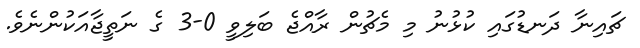
ޗައިނާ ދަނޑުގައި ކުޅުނު މި މެޗުން ރާއްޖެ ބަލިވީ 0-3 ގެ ނަތީޖާއަކުންނެވެ.